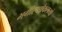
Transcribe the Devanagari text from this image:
भगीरथश्चैकलव्यो